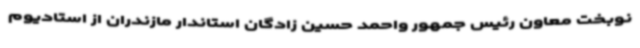
نوبخت معاون رئیس جمهور واحمد حسین زادگان استاندار مازندران از استادیوم